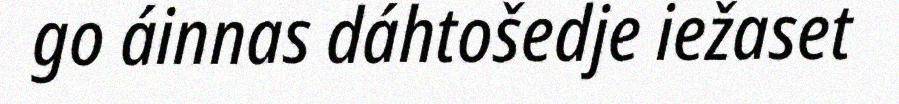
go áinnas dáhtošedje iežaset